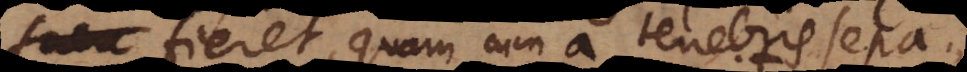
lux fieret, quam cum a tenebris separaret,